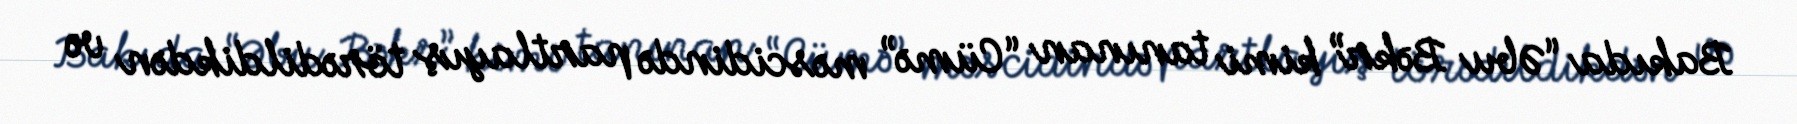
Bakıda “Əbu Bəkr” kimi tanınan “Cümə” məscidində partlayış törədildikdən və